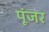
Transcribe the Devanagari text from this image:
पूंजर